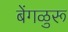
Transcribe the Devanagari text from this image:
बेंगळुरू